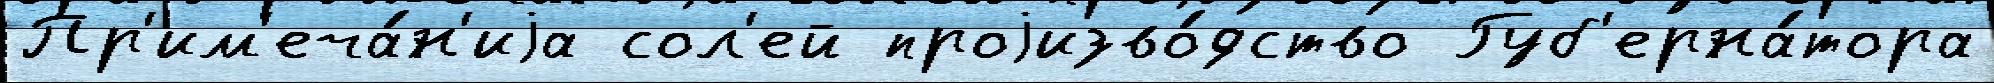
Пр'им'еча́н'иjа сол'ей проjизво́дство Губ'ерна́тора